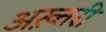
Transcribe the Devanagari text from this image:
अख़्तरी